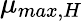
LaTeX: \mu_{max,H}